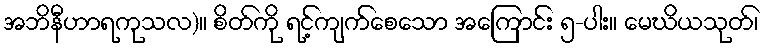
အဘိနီဟာရကုသလ)။ စိတ်ကို ရင့်ကျက်စေသော အကြောင်း ၅-ပါး။ မေဃိယသုတ်၊